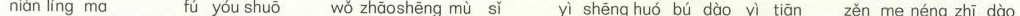
nián líng ma fú yóu shuō wǒ zhāo shēng mù sǐ yì shēng bú dào yì tiān zěn me néng zhī dào